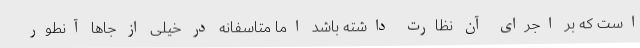
است که بر اجرای آن نظارت داشته باشد اما متاسفانه در خیلی از جاها آنطور